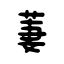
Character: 萋